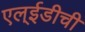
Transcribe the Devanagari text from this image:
एल्‌ईडीची